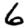
Digit: 6